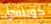
كوينسي